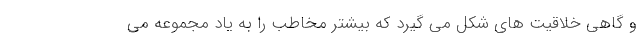
و گاهی خلاقیت های شکل می گیرد که بیشتر مخاطب را به یاد مجموعه می